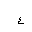
Letter: _ayn